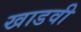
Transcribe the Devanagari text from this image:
खाडवी